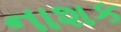
નાશક